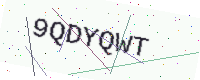
Text: 9QDYQWT